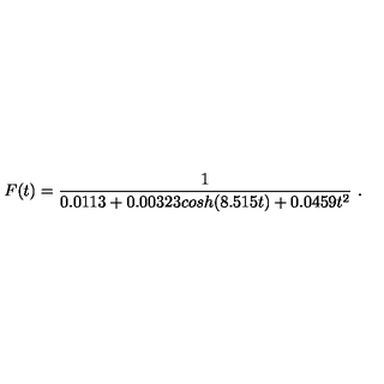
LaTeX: F ( t ) = \frac { 1 } { 0 . 0 1 1 3 + 0 . 0 0 3 2 3 c o s h ( 8 . 5 1 5 t ) + 0 . 0 4 5 9 t ^ { 2 } } \ .